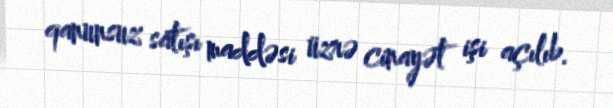
qanunsuz satışı maddəsi üzrə cinayət işi açılıb.